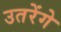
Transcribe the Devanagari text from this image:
उतरेंगे